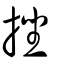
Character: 挫